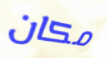
مكان